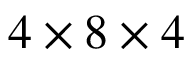
4 \times 8 \times 4